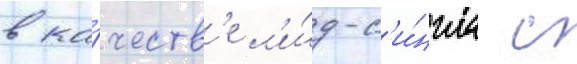
в ка́честв'е л'и́д-с'и́нгла с